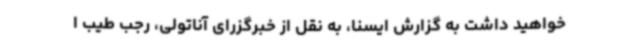
خواهید داشت به گزارش ایسنا، به نقل از خبرگزرای آناتولی، رجب طیب ا